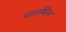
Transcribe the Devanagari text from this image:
चार्लमेन